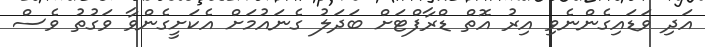
އަދި ވަޑައިގެންނެވި އިރު އޮތް ޑްރާފްޓަށް ބަދަލު ގެނައުމަށް އެކަށީގެންވާ ވަގުތު ވެސް